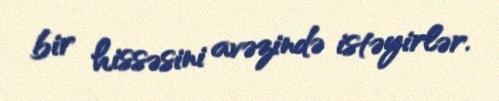
bir hissəsini avəzində istəyirlər.